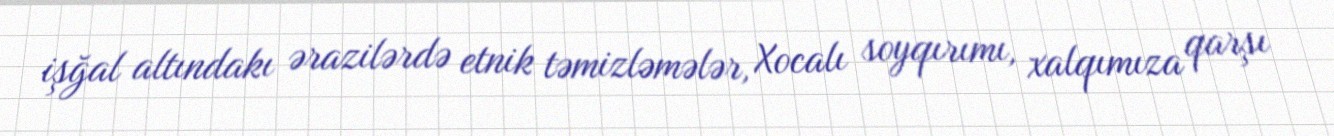
işğal altındakı ərazilərdə etnik təmizləmələr, Xocalı soyqırımı, xalqımıza qarşı